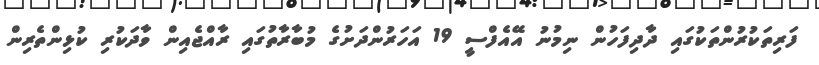
ފަރިތަކުރުންތަކުގައި ދާދިފަހުން ނިމުނު އޭއެފްސީ 19 އަހަރުންދަށުގެ މުބާރާތުގައި ރާއްޖެއިން ވާދަކުރި ކުޅިންތެރިން